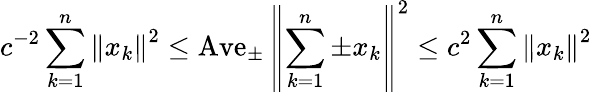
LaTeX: c^{-2}\sum_{k=1}^{n}\left\| x_{k}\right\| ^{2}\leq\operatorname{Ave}_{\pm}\left\| \sum_{k=1}^{n}\pm x_{k}\right\| ^{2}\leq c^{2}\sum_{k=1}^{n}\left\| x_{k}\right\| ^{2}